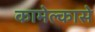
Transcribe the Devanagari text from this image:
कामेल्कासे